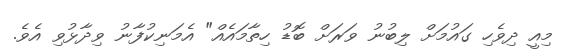
މިއީ ދިވެހި ގައުމަށް ލިބުނު ވަރަށް ބޮޑު ހިތާމައެއް" އެމަނިކުފާނު ވިދާޅުވި އެވެ.